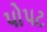
પોપટ